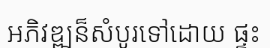
អភិវឌ្ឍន៏សំបូរទៅដោយ ផ្ទះ